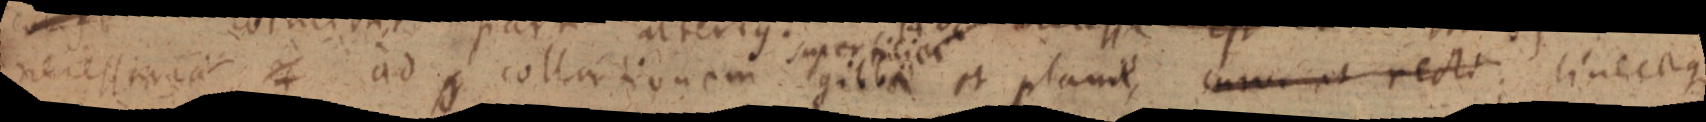
necessita _ ad collationem gibba et planit, cum et recto; line _ que